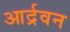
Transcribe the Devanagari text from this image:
आर्द्रवन